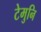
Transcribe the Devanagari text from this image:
टेमुनि